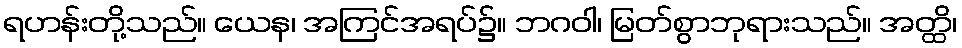
ရဟန်းတို့သည်။ ယေန၊ အကြင်အရပ်၌။ ဘဂဝါ၊ မြတ်စွာဘုရားသည်။ အတ္ထိ၊